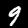
Digit: 9